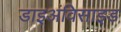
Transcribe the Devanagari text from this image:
डाइअंविसाइड